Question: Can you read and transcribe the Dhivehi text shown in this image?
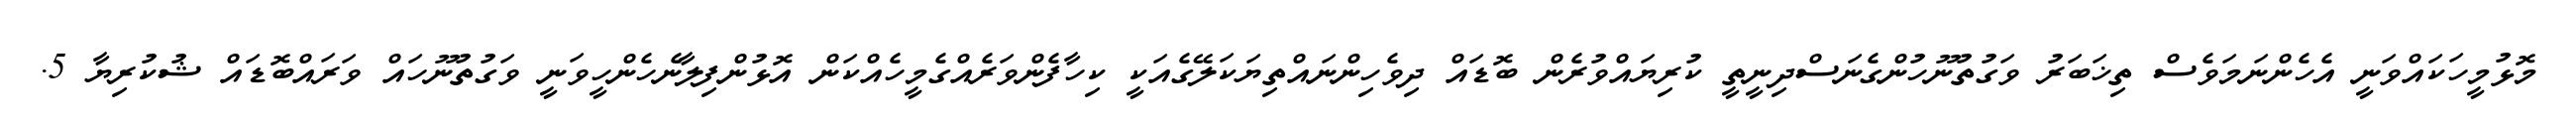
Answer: މޮޅުމީހަކައްވަނީ އެހެންނަމަވެސް ތިޚަބަރު ވަގުތުނޫހުންގެނަސްދިނީތީ ކުރިޔައްވުރެން ބޮޑައް ދިވެހިންނައްތިޔަކަލޭގެއަކީ ކިހާފެންވަރެއްގެމީހެއްކަން އޮޅުންފިލާނެހެންހީވަނީ ވަގުތުނޫހައް ވަރައްބޮޑައް ޝުކުރިޔާ 5.